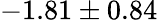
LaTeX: -1.81\pm 0.84